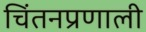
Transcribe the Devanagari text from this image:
चिंतनप्रणाली